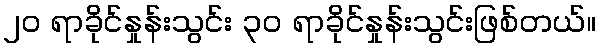
၂၀ ရာခိုင်နှုန်းသွင်း ၃၀ ရာခိုင်နှုန်းသွင်းဖြစ်တယ်။